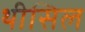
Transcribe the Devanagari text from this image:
थीसिल